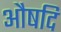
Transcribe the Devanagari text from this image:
औषदि